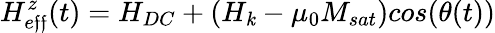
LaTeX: H_{e\mathfrak{f}\mathfrak{f}}^{z}(t)=H_{DC}+(H_{\mathit{k}}-\mu_{0}M_{sat})cos(\theta(t))